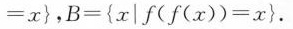
= x }$$，$$B = { x | f ( f ( x ) )